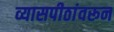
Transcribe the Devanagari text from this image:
व्यासपीठांवरून